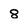
Character: 8